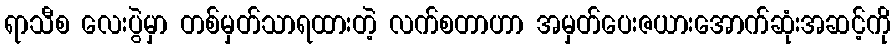
ရာသီစ လေးပွဲမှာ တစ်မှတ်သာရထားတဲ့ လက်စတာဟာ အမှတ်ပေးဇယားအောက်ဆုံးအဆင့်ကို